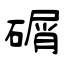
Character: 碿